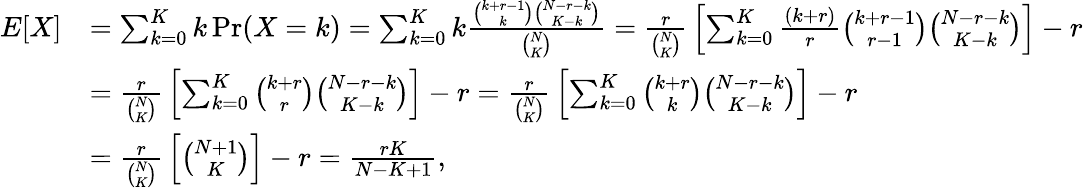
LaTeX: {\begin{array}{rl}{E[X]}&{=\sum_{k=0}^{K}k\operatorname*{Pr}(X=k)=\sum_{k=0}^{K}k{\frac{{\binom{k+r-1}{k}}{\binom{N-r-k}{K-k}}}{\binom{N}{K}}}={\frac{r}{\binom{N}{K}}}\left[\sum_{k=0}^{K}{\frac{(k+r)}{r}}{\binom{k+r-1}{r-1}}{\binom{N-r-k}{K-k}}\right]-r}\\ &{={\frac{r}{\binom{N}{K}}}\left[\sum_{k=0}^{K}{\binom{k+r}{r}}{\binom{N-r-k}{K-k}}\right]-r={\frac{r}{\binom{N}{K}}}\left[\sum_{k=0}^{K}{\binom{k+r}{k}}{\binom{N-r-k}{K-k}}\right]-r}\\ &{={\frac{r}{\binom{N}{K}}}\left[{\binom{N+1}{K}}\right]-r={\frac{rK}{N-K+1}},}\end{array}}